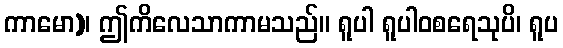
ကာမော)၊ ဤကိလေသာကာမသည်။ ရူပါ ရူပါဝစရေသုပိ၊ ရူပ